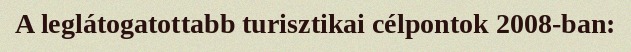
A leglátogatottabb turisztikai célpontok 2008-ban: